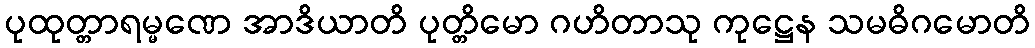
ပုထုတ္တာရမ္မဏေ အာဒိယာတိ ပုတ္တိမော ဂဟိတာသု ကုဋ္ဌေန သမဓိဂမောတိ